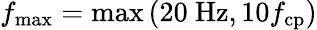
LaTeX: f_{\mathrm{max}}=\mathrm{max}\left(20~\mathrm{Hz},10f_{\mathrm{cp}}\right)